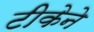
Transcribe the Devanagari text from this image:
टीकेने